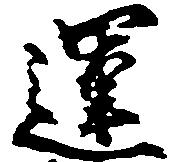
運